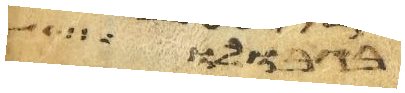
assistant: בגבולו